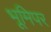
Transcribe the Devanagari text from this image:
भूमिपर